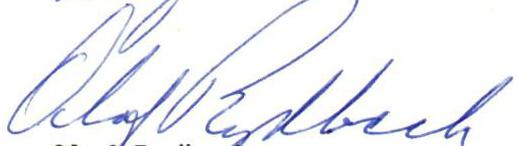
Olof Rydbeck